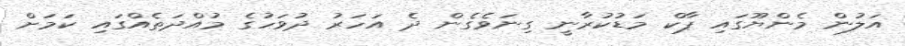
އަލުން މެންޔޫގައި ޕާކް މަޑުކުރާނީ ގިނަވެގެން ދެ އަހަރު ދުވަހުގެ މުއްދަތެއްގައި ކަމަށް